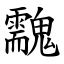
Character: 䰰